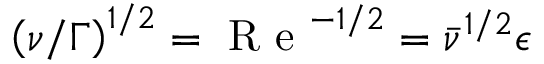
\left( \nu / \Gamma \right) ^ { 1 / 2 } = \mathrm { ~ R ~ e ~ } ^ { - 1 / 2 } = \bar { \nu } ^ { 1 / 2 } \epsilon